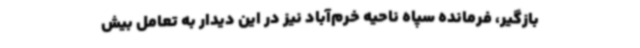
بازگیر، فرمانده سپاه ناحیه خرم‌آباد نیز در این دیدار به تعامل بیش